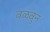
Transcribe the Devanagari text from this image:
वळवुन